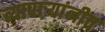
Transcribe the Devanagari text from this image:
व्यापाऱ्यांनीच